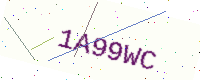
Text: 1A99WC